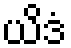
ယိဒံ